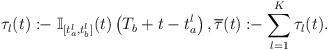
LaTeX: \begin{align*}\tau_l(t) \coloneq \mathbb{I}_{[t^l_a,t^l_b]}(t)\left(T_b + t-t^l_a \right), \overline{\tau}(t) \coloneq \sum_{l=1}^{K} \tau_l(t).\end{align*}